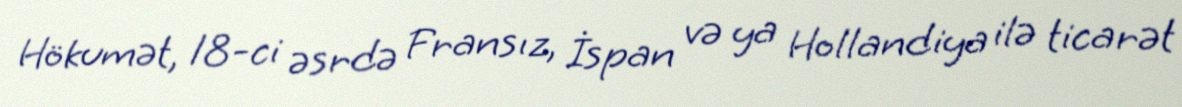
Hökumət, 18-ci əsrdə Fransız, İspan və ya Hollandiya ilə ticarət